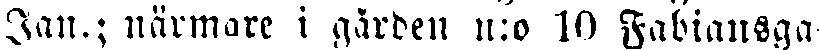
Jan.; närmare i gården n:o 10 Fabiansga-